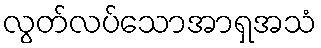
လွတ်လပ်သောအာရှအသံ